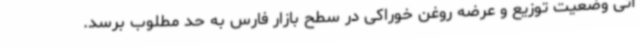
آتی وضعیت توزیع و عرضه روغن خوراکی در سطح بازار فارس به حد مطلوب برسد.